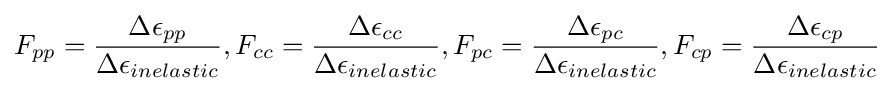
F_{pp}={\frac {\Delta \epsilon _{pp}}{\Delta \epsilon _{inelastic}}},F_{cc}={\frac {\Delta \epsilon _{cc}}{\Delta \epsilon _{inelastic}}},F_{pc}={\frac {\Delta \epsilon _{pc}}{\Delta \epsilon _{inelastic}}},F_{cp}={\frac {\Delta \epsilon _{cp}}{\Delta \epsilon _{inelastic}}}